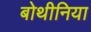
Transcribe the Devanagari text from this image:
बोथीनिया